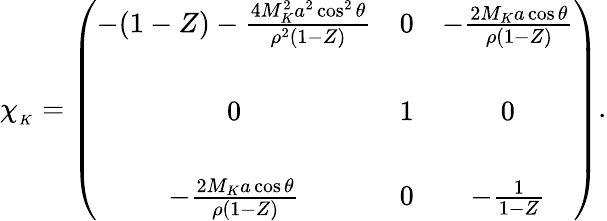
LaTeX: \chi_{_K}=\left(\begin{array}{ccc}{{-(1-Z)-{\frac{4M_{K}^{2}a^{2}\cos^{2}\theta}{\rho^{2}(1-Z)}}}}&{{0}}&{{-{\frac{2M_{K}a\cos\theta}{\rho(1-Z)}}}}\\ {{}}&{{}}&{{}}\\ {{0}}&{{1}}&{{0}}\\ {{}}&{{}}&{{}}\\ {{-{\frac{2M_{K}a\cos\theta}{\rho(1-Z)}}}}&{{0}}&{{-{\frac{1}{1-Z}}}}\end{array}\right).